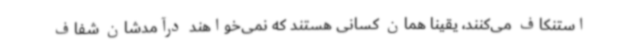
استنکاف می‌کنند، یقینا همان کسانی هستند که نمی‌خواهند درآمدشان شفاف